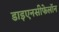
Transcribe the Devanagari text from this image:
डाइएनसीफेलॉन